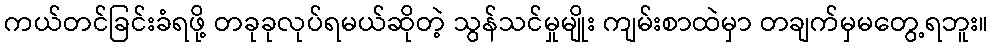
ကယ်တင်ခြင်းခံရဖို့ တခုခုလုပ်ရမယ်ဆိုတဲ့ သွန်သင်မှုမျိုး ကျမ်းစာထဲမှာ တချက်မှမတွေ့ရဘူး။